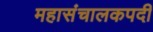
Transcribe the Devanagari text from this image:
महासंचालकपदी